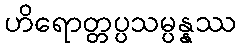
ဟိရောတ္တပ္ပသမ္ပန္နဿ